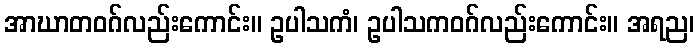
အာဃာတဝဂ်လည်းကောင်း။ ဥပါသကံ၊ ဥပါသကဝဂ်လည်းကောင်း။ အရည၊